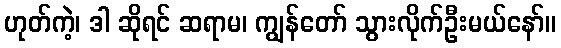
ဟုတ်ကဲ့၊ ဒါ ဆိုရင် ဆရာမ၊ ကျွန်တော် သွားလိုက်ဦးမယ်နော်။